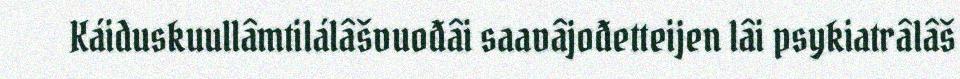
Káiduskuullâmtilálâšvuođâi saavâjođetteijen lâi psykiatrâlâš